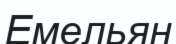
Емельян